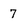
Character: 7